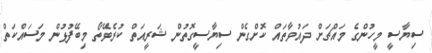
ސިޔާސީ މީހުންގެ މައްޗަށް ދައުވާތައް ކޮށްގެން ސިޔާސީގޮތުން ޝަރީއަތް ކުރެވޭތޯ މިބޭފުޅުން މަސައްކަތް